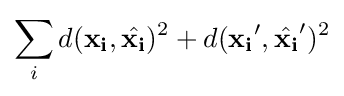
\sum _{i}d(\mathbf {x_{i}} ,{\hat {\mathbf {x_{i}} }})^{2}+d(\mathbf {x_{i}} ',{\hat {\mathbf {x_{i}} }}')^{2}